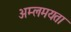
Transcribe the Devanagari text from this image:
अम्लमयता